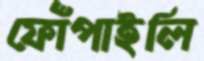
ফোঁপাইলি